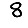
Digit: 8